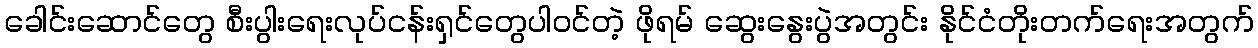
ခေါင်းဆောင်တွေ စီးပွါးရေးလုပ်ငန်းရှင်တွေပါဝင်တဲ့ ဖိုရမ် ဆွေးနွေးပွဲအတွင်း နိုင်ငံတိုးတက်ရေးအတွက်